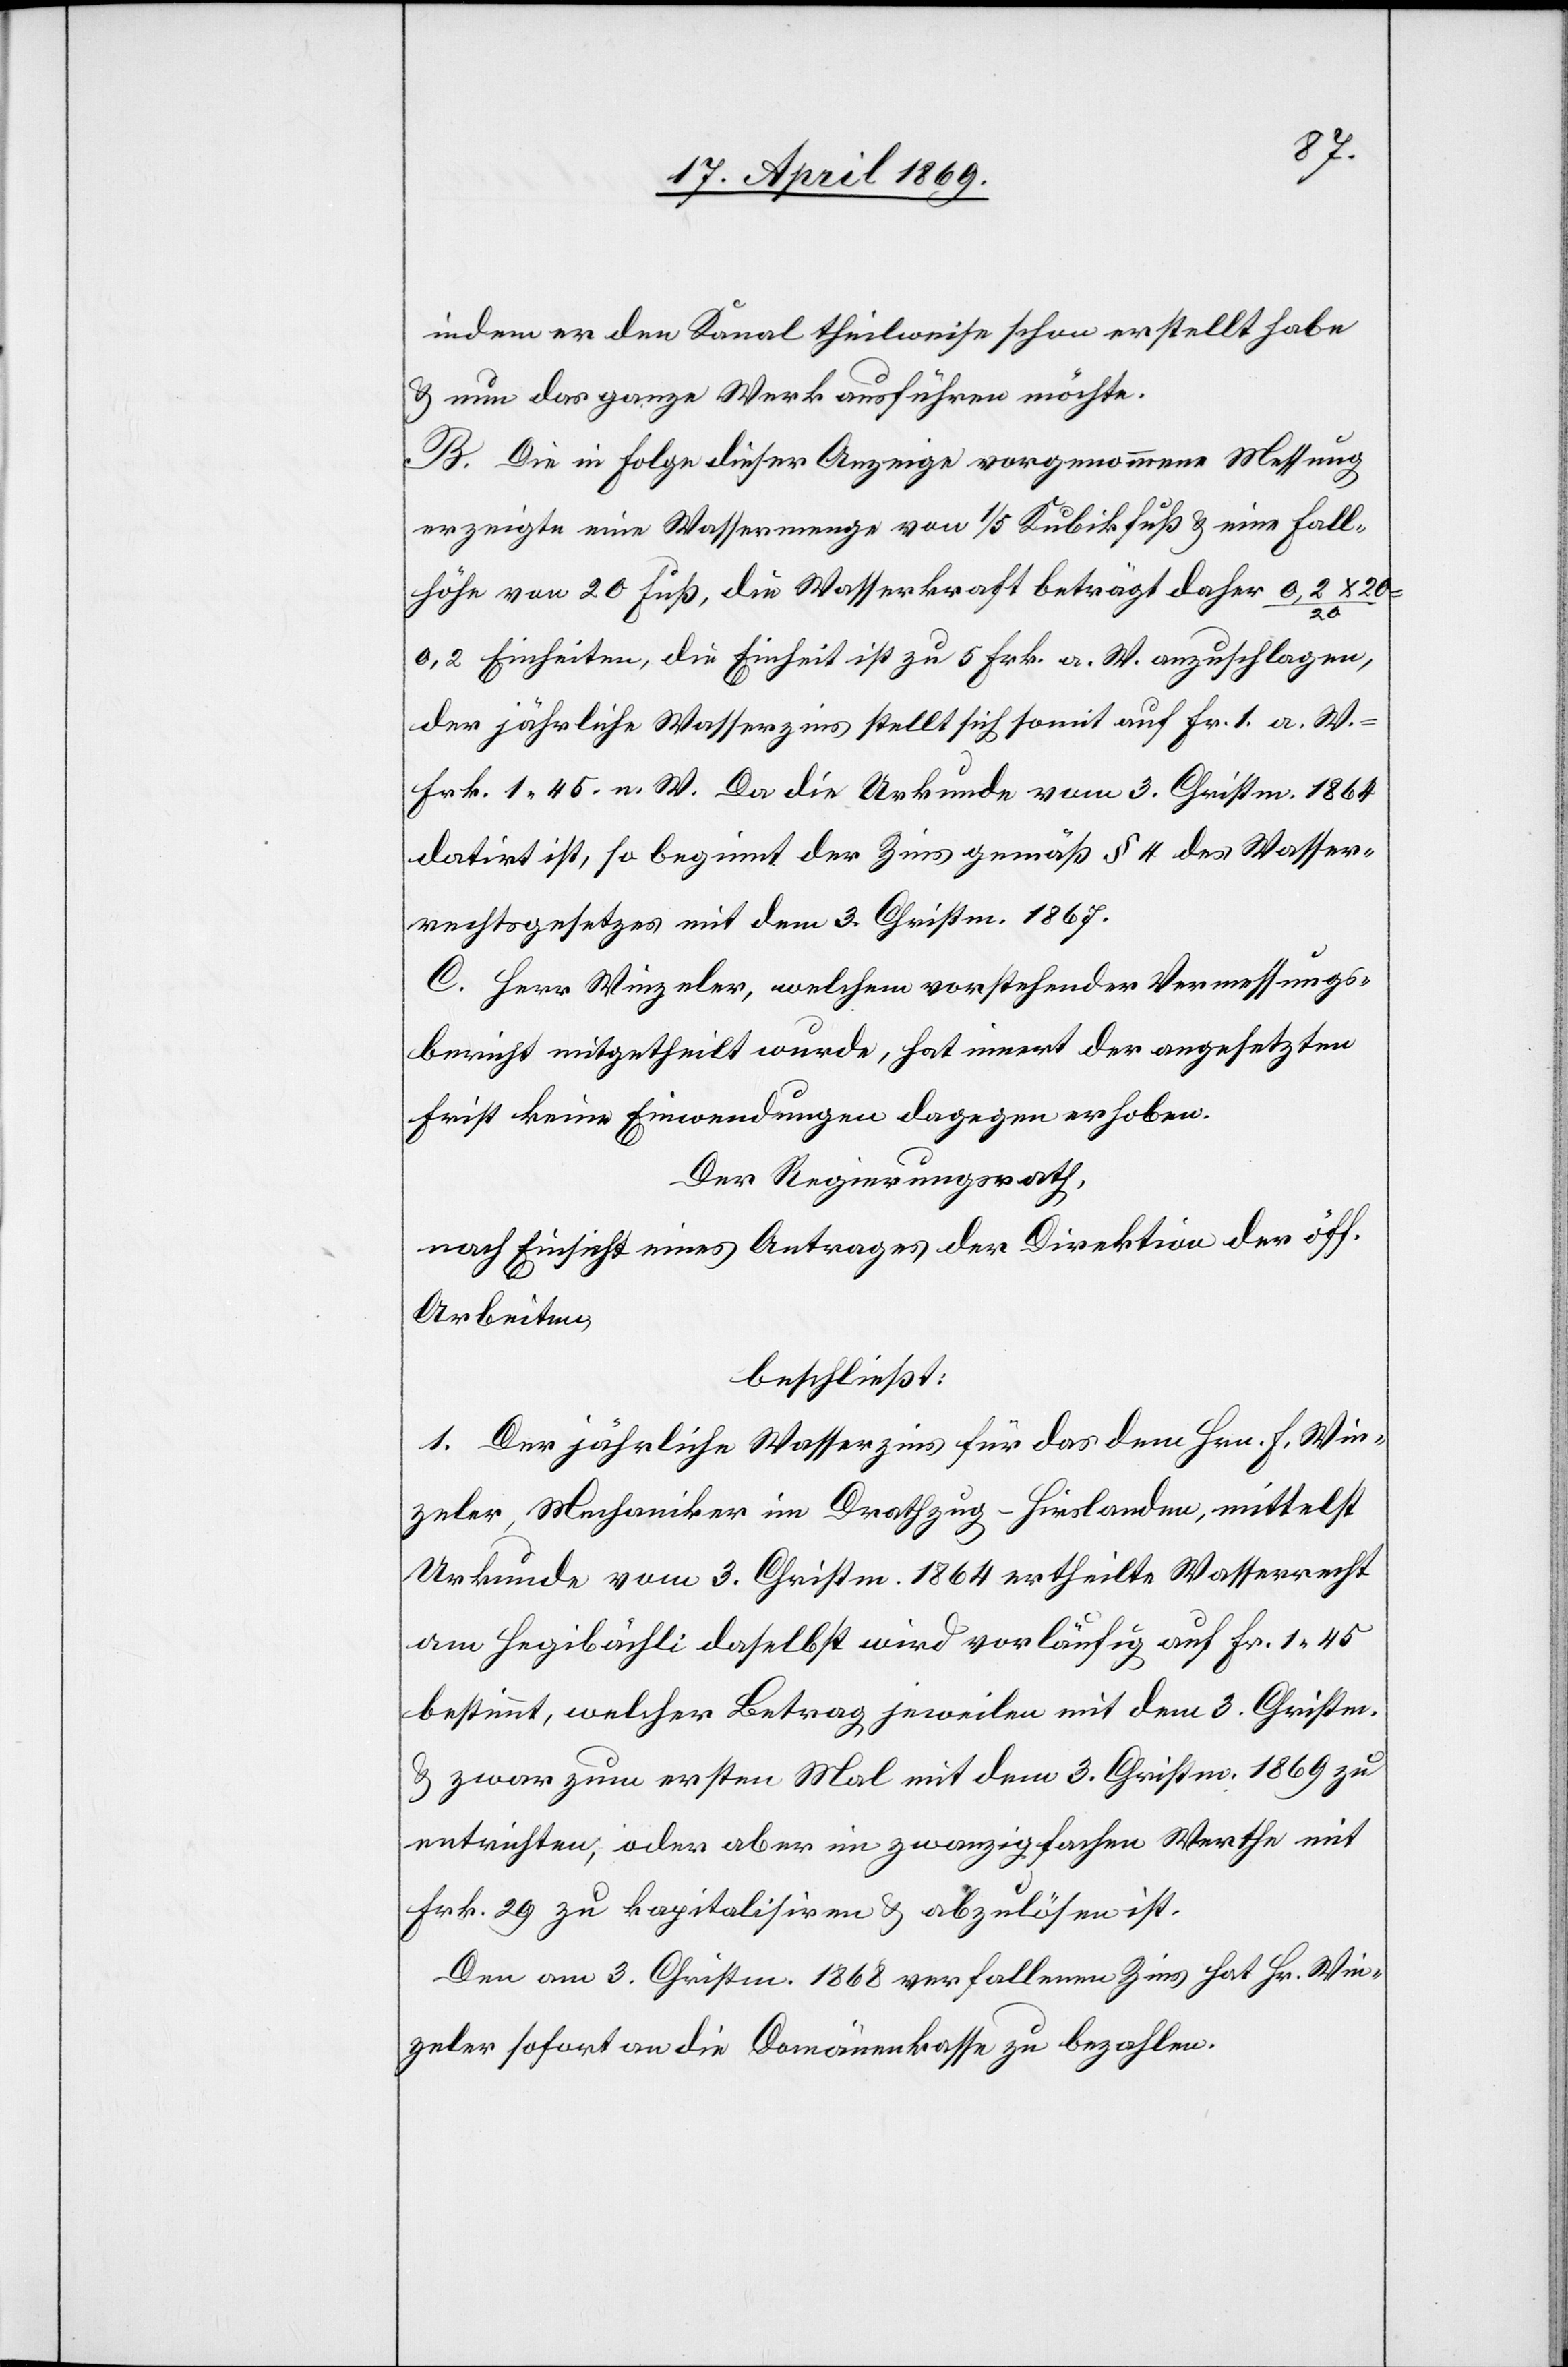
indem er den Kanal theilweise schon erstellt habe
u. nun das ganze Werk ausführen möchte.
B. Die in Folge dieser Anzeige vorgenommene Messung
erzeigte eine Wassermenge von 1/5 Kubikfuß u. eine Fall¬
höhe von 20 Fuß, die Wasserkraft beträgt daher 0,2 x 20 :
20
0,2 Einheiten, die Einheit ist zu 5 Frk. a. W. anzuschlagen,
der jährliche Wasserzins stellt sich somit auf Fr. 1 a. W.=
Frk. 1.45 n. W. Da die Urkunde vom 3. Christm. 1864
datirt ist, so beginnt der Zins gemäß § 4 des Wasser¬
rechtsgesetzes mit dem 3. Christm. 1867.
C. Herr Winzeler, welchem vorstehender Vermessungs¬
bericht mitgetheilt wurde, hat innert der angesetzten
Frist keine Einwendungen dagegen erhoben.
Der Regierungsrath,
nach Einsicht eines Antrages der Direktion der öff.
Arbeiten,
beschließt:
1. Der jährliche Wasserzins für das dem Hrn. F. Win¬
zeler, Mechaniker im Drathzug - Hirslanden, mittelst
Urkunde vom 3. Christm. 1864 ertheilte Wasserrecht
am Hegibächli daselbst wird vorläufig auf Fr. 1.45
bestimmt, welcher Betrag, jeweilen mit dem 3. Christm.
u zwar zum ersten Mal mit dem 3. Christm. 1869 zu
entrichten, oder aber im zwanzigfachen Werthe mit
Frk. 29 zu kapitalisiren u. abzulösen ist.
Den am 3. Christm. 1868 verfallenen Zins hat Hr. Win¬
zeler sofort an die Domänenkasse zu bezahlen.